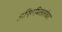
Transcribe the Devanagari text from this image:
अनियमिततांचा